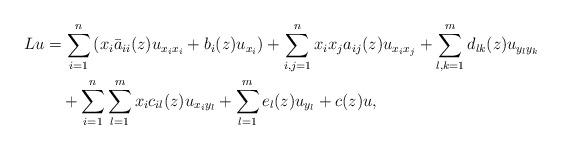
LaTeX: \begin{align*}\begin{aligned}Lu &= \sum_{i=1}^n\left(x_i\bar a_{ii}(z)u_{x_ix_i} +b_i(z) u_{x_i}\right) +\sum_{i,j=1}^n x_ix_ja_{ij}(z)u_{x_ix_j}+\sum_{l,k=1}^md_{lk}(z)u_{y_ly_k}\\&\quad+\sum_{i=1}^n\sum_{l=1}^mx_ic_{il}(z)u_{x_iy_l} + \sum_{l=1}^me_l(z)u_{y_l} +c(z)u,\end{aligned}\end{align*}